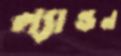
ল্যান্ডন